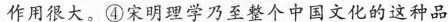
作用很大。④\underline{宋明理学乃至整个中国文化的这种品}